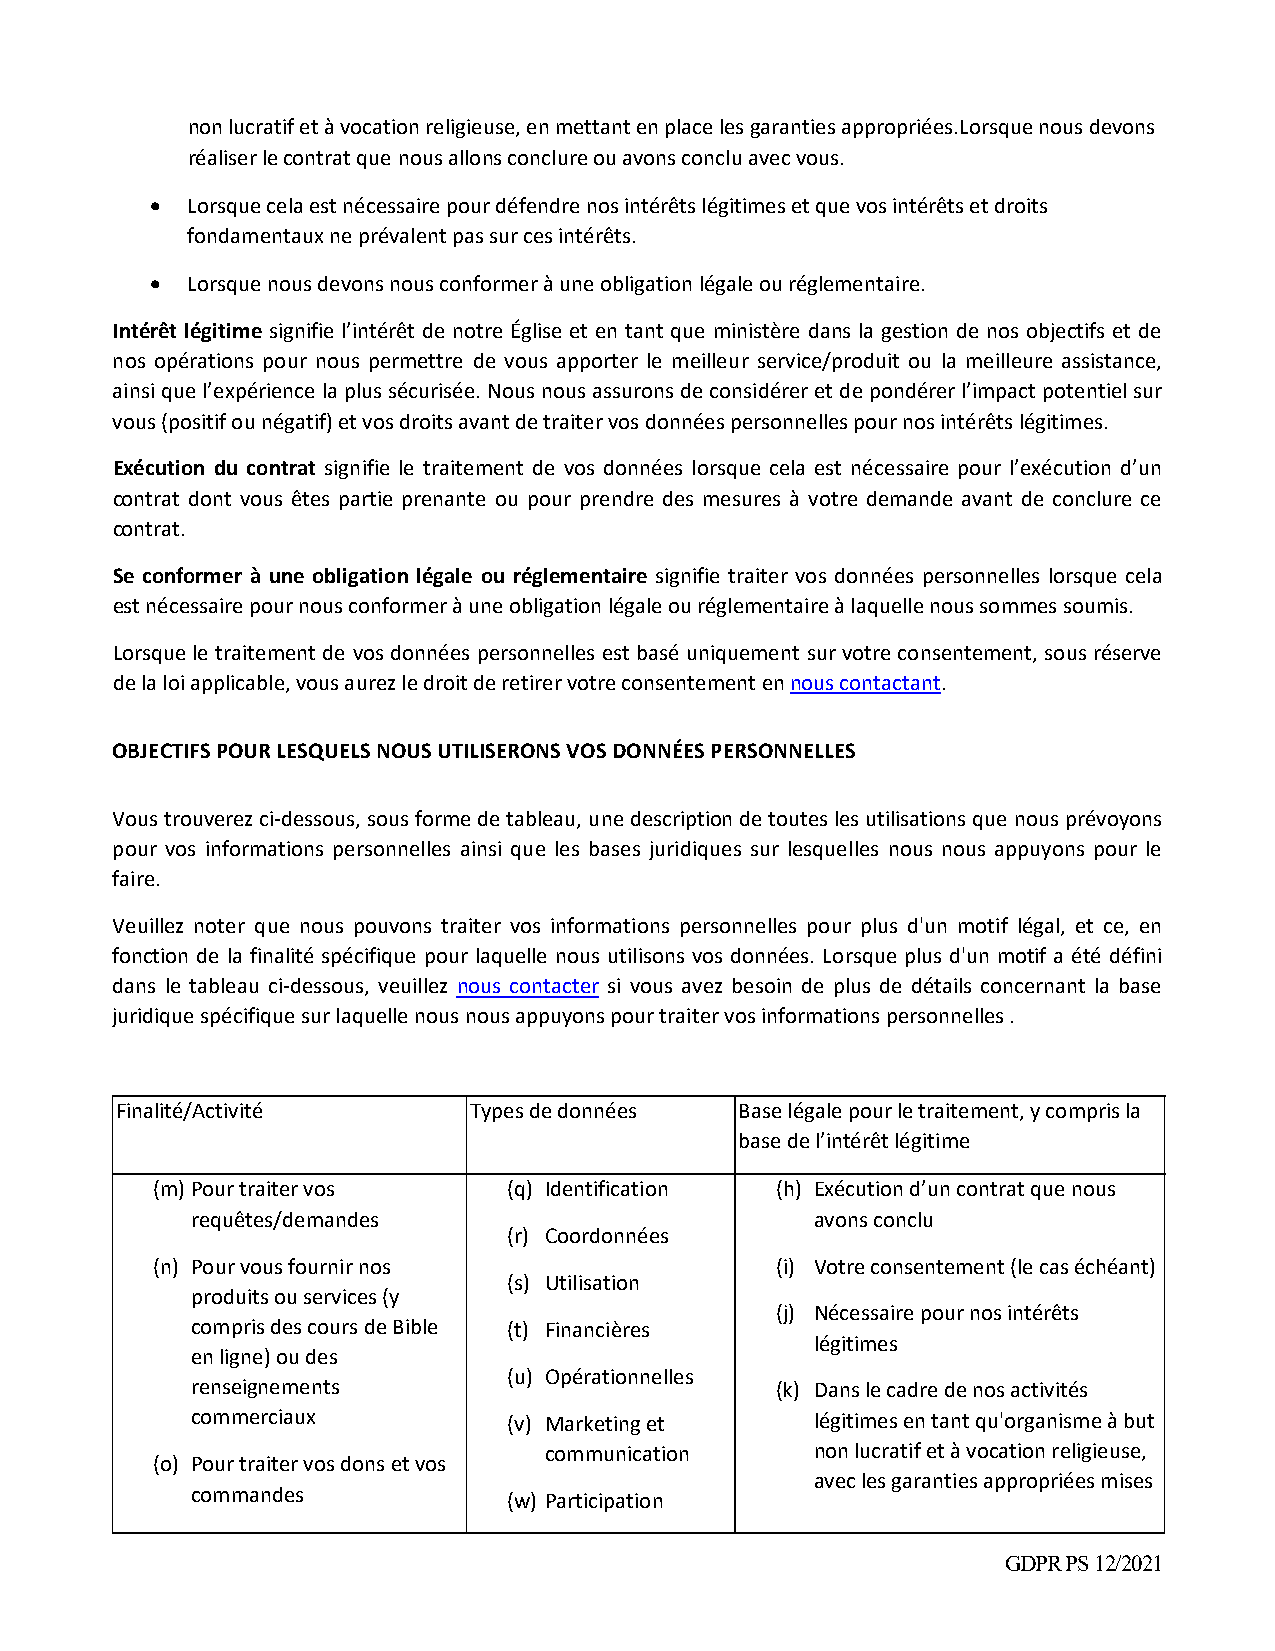
non lucratif et à vocation religieuse, en mettant en place les garanties appropriées.Lorsque nous devons
 réaliser le contrat que nous allons conclure ou avons conclu avec vous.
  Lorsque cela est nécessaire pour défendre nos intérêts légitimes et que vos intérêts et droits
 fondamentaux ne prévalent pas sur ces intérêts.
  Lorsque nous devons nous conformer à une obligation légale ou réglementaire.
 Intérêt légitime signifie l’intérêt de notre Église et en tant que ministère dans la gestion de nos objectifs et de
 nos opérations pour nous permettre de vous apporter le meilleur service/produit ou la meilleure assistance,
 ainsi que l’expérience la plus sécurisée. Nous nous assurons de considérer et de pondérer l’impact potentiel sur
 vous (positif ou négatif) et vos droits avant de traiter vos données personnelles pour nos intérêts légitimes.
 Exécution du contrat signifie le traitement de vos données lorsque cela est nécessaire pour l’exécution d’un
 contrat dont vous êtes partie prenante ou pour prendre des mesures à votre demande avant de conclure ce
 contrat.
 Se conformer à une obligation légale ou réglementaire signifie traiter vos données personnelles lorsque cela
 est nécessaire pour nous conformer à une obligation légale ou réglementaire à laquelle nous sommes soumis.
 Lorsque le traitement de vos données personnelles est basé uniquement sur votre consentement, sous réserve
 de la loi applicable, vous aurez le droit de retirer votre consentement en nous contactant.
 OBJECTIFS POUR LESQUELS NOUS UTILISERONS VOS DONNÉES PERSONNELLES
 Vous trouverez ci‐dessous, sous forme de tableau, une description de toutes les utilisations que nous prévoyons
 pour vos informations personnelles ainsi que les bases juridiques sur lesquelles nous nous appuyons pour le
 faire.
 Veuillez noter que nous pouvons traiter vos informations personnelles pour plus d'un motif légal, et ce, en
 fonction de la finalité spécifique pour laquelle nous utilisons vos données. Lorsque plus d'un motif a été défini
 dans le tableau ci‐dessous, veuillez nous contacter si vous avez besoin de plus de détails concernant la base
 juridique spécifique sur laquelle nous nous appuyons pour traiter vos informations personnelles .
 Finalité/Activité      Types de données  Base légale pour le traitement, y compris la
 base de l’intérêt légitime
 (m) Pour traiter vos    (q) Identification (h) Exécution d’un contrat que nous
 requêtes/demandes                        avons conclu
 (r) Coordonnées
 (n) Pour vous fournir nos                (i) Votre consentement (le cas échéant)
 (s) Utilisation
 produits ou services (y
 (j) Nécessaire pour nos intérêts
 compris des cours de Bible (t) Financières
 légitimes
 en ligne) ou des
 (u) Opérationnelles
 renseignements                        (k) Dans le cadre de nos activités
 commerciaux          (v) Marketing et    légitimes en tant qu'organisme à but
 communication     non lucratif et à vocation religieuse,
 (o) Pour traiter vos dons et vos
 avec les garanties appropriées mises
 commandes
 (w) Participation
 GDPR PS 12/2021